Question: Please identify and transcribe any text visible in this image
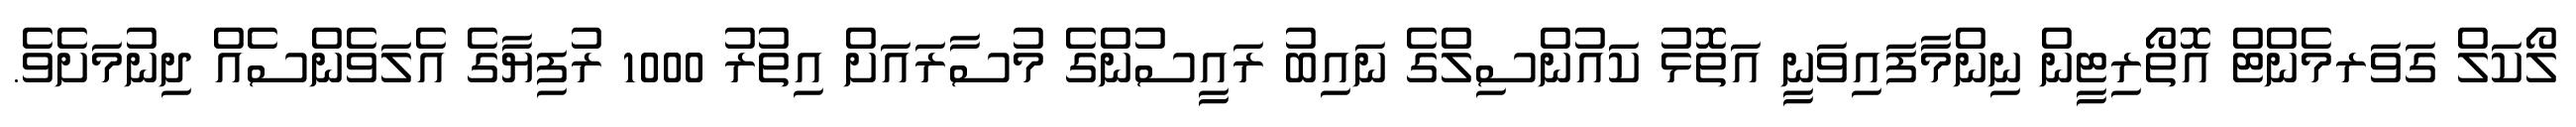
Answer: ލޯކަލް ގަވަރމެންޓް އޮތޯރިޓީން ނިންމާފައިވަނީ އަތޮޅު ކައުންސިލްގެ ނައިބު ރައީސުންގެ މުސާރައަށް އިތުރު 1000 ރުފިޔާގެ އެލަވެންސެއް ދިނުމަށެވެ.